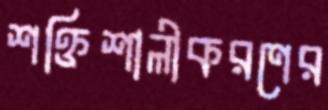
শক্তিশালীকরণের